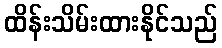
ထိန်းသိမ်းထားနိုင်သည်